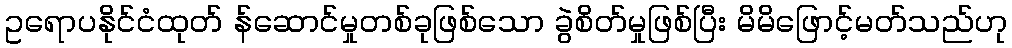
ဥရောပနိုင်ငံထုတ် န်ဆောင်မှုတစ်ခုဖြစ်သော ခွဲစိတ်မှုဖြစ်ပြီး မိမိဖြောင့်မတ်သည်ဟု